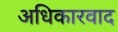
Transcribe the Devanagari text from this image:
अधिकारवाद